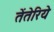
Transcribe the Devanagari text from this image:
तेंतेरिये